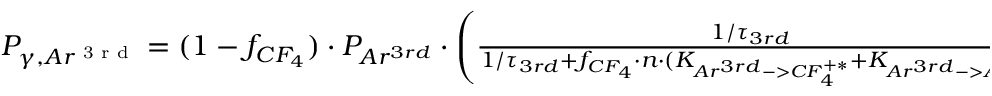
\begin{array} { r } { P _ { \gamma , A r ^ { \textnormal { 3 r d } } } = ( 1 - f _ { C F _ { 4 } } ) \cdot P _ { A r ^ { 3 r d } } \cdot \left( \frac { 1 / \tau _ { 3 r d } } { 1 / \tau _ { 3 r d } + f _ { C F _ { 4 } } \cdot n \cdot ( K _ { A r ^ { 3 r d } - > C F _ { 4 } ^ { + * } } + K _ { A r ^ { 3 r d } - > A r } ) } \right) } \end{array}